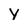
Character: y